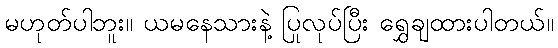
မဟုတ်ပါဘူး။ ယမနေသားနဲ့ ပြုလုပ်ပြီး ရွှေချထားပါတယ်။